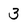
Character: 3